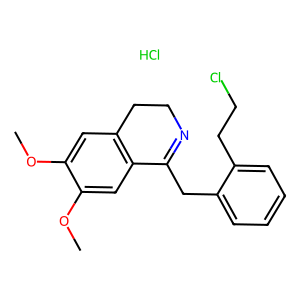
SMILES: COc1cc2c(cc1OC)C(Cc1ccccc1CCCl)=NCC2.Cl
Inhibits HIV replication: No